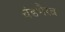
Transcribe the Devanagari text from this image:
चंडभैरव